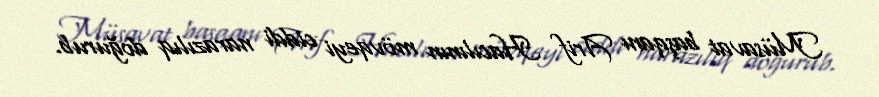
Müsavat başqanı Arif Hacılının mövqeyi ciddi narazılıq doğurub.